Scottish Leaving Certificate Examination, 1960
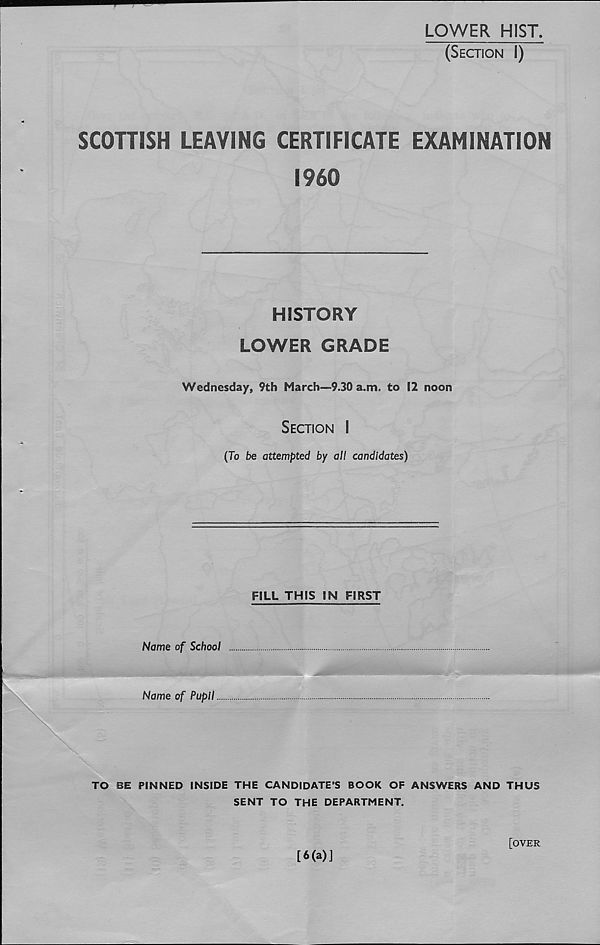
LOWER HIST.
(Section I)
SCOTTISH LEAVING CERTIFICATE EXAMINATION
I960
HISTORY
LOWER GRADE
Wednesday, 9th March—9.30 a.m. to 12 noon
Section I
(To be attempted by all candidates)
FILL THIS IN FIRST
Name of School
Name of Pupil...
TO BE PINNED INSIDE THE CANDIDATE’S BOOK OF ANSWERS AND THUS
SENT TO THE DEPARTMENT.
[6(a)]
[over